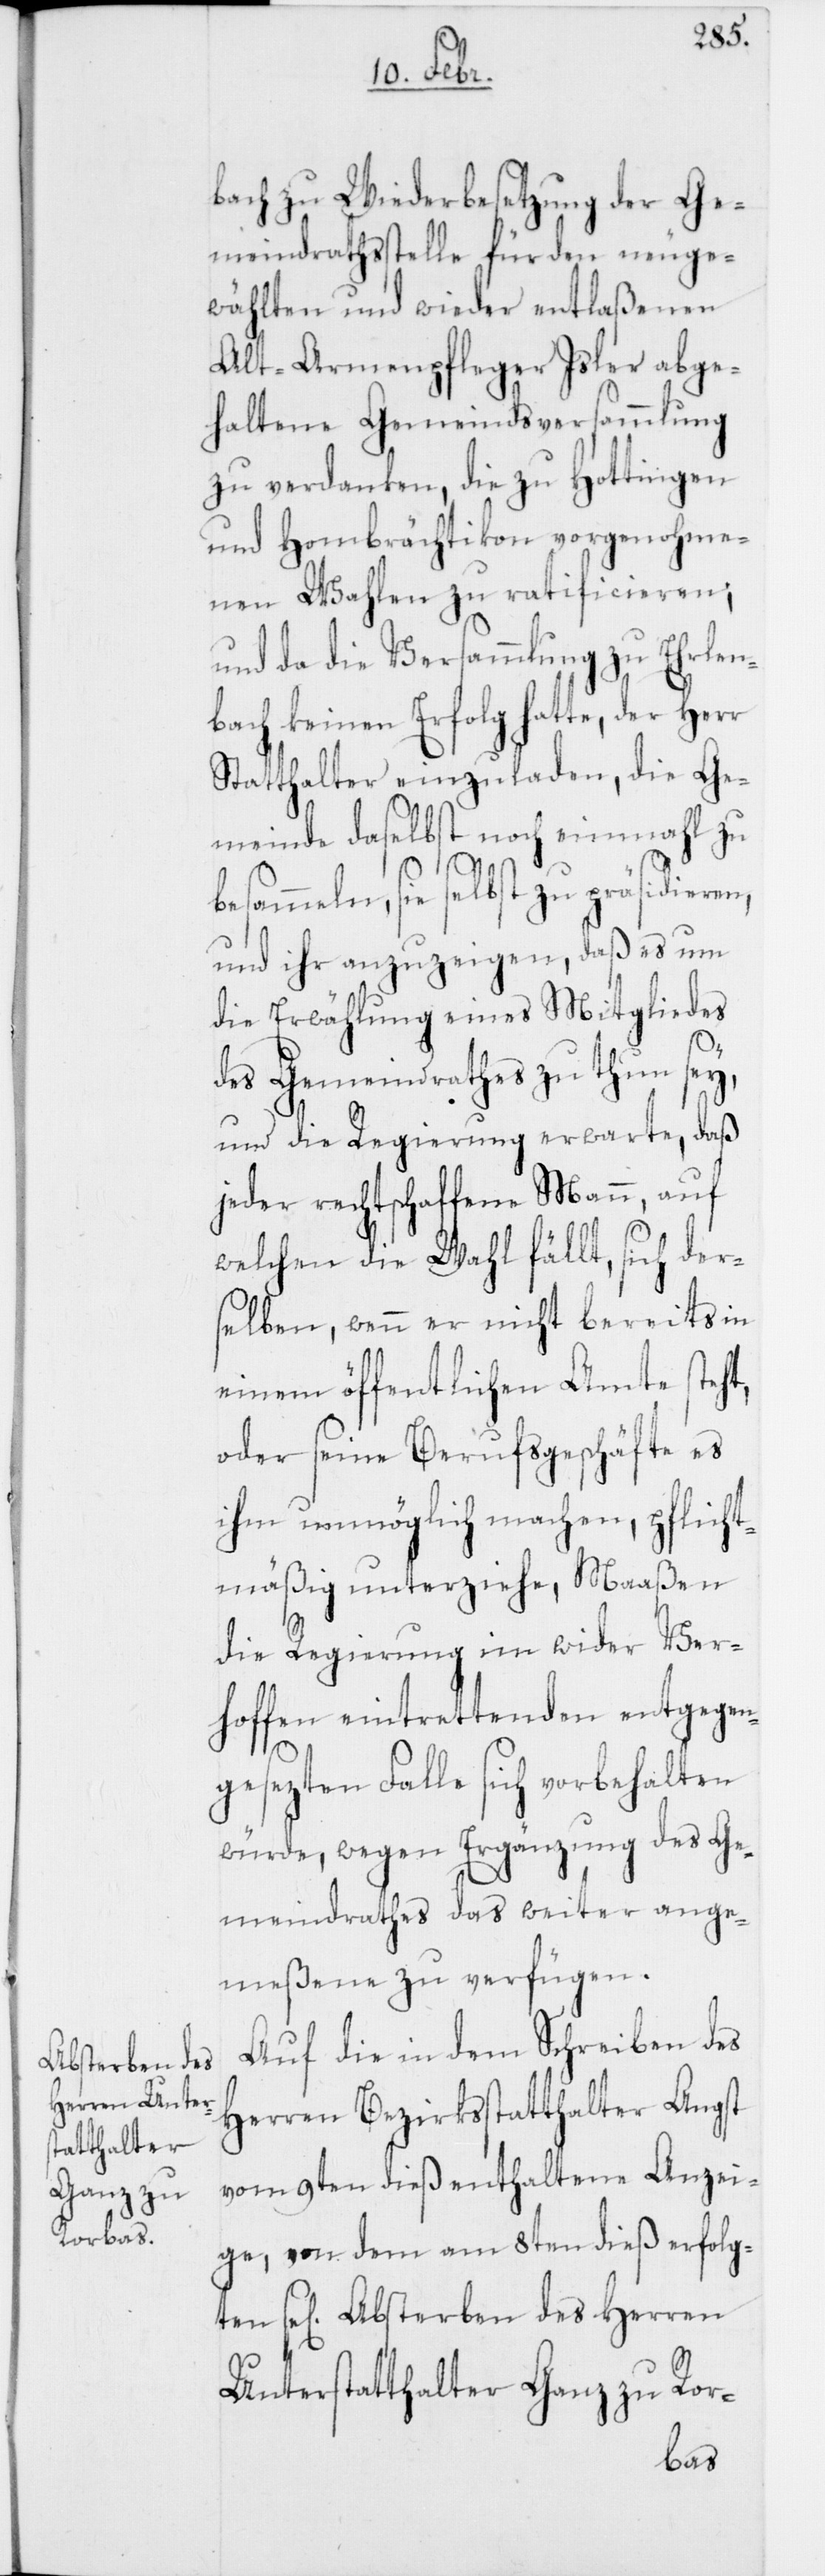
Absterben des
Herren Unters¬
tatthalter
Ganz zu

bach zu Wiederbesetzung der Ge¬
meindrathsstelle für den neuge¬
wählten und wieder entlaßenen
Alt-Armenpfleger Isler abge¬
haltene Gemeindsversammlung
zu verdanken, die zu Hottingen
und Hombrächtikon vorgenohme¬
nen Wahlen zu ratificieren;
und da die Versammlung zu Ehrlen¬
bach keinen Erfolg hatte, der Herr
Statthalter einzuladen, die Ge¬
meinde daselbst noch einmahl zu
besammeln, sie selbst zu
und ihr anzuzeigen, daß es um
die Erwählung eines Mitgliedes
des Gemeindrathes zu tun sey,
und die Regierung erwarte, daß
jeder rechtschaffene Mann, auf
welchen die Wahl fällt, sich der¬
selben, wenn er nicht bereits in
einem öffentlichen Amte steht,
oder seine Berufsgeschäfte es
ihm unmöglich machen, pflicht¬
mäßig unterziehe, Maaßen
die Regierung im wider Ver¬
hoffen eintrettenden entgegen¬
gesezten Falle sich vorbehalten
würde, wegen Ergänzung des Ge¬
meindrathes das weiter ange¬
meßene zu verfügen.
Auf die in dem Schreiben des
Herren Bezirksstatthalter Angst
vom 9ten dieß enthaltene Anzei¬
ge, von dem am 8ten dieß erfolgten